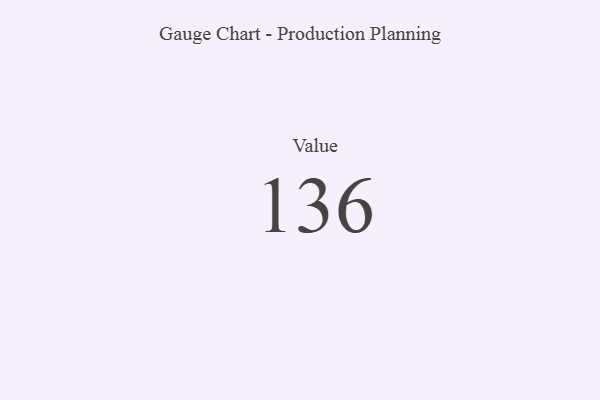
{"axis": {"x": "Metric", "y": "Value"}, "legend": [""], "data": [{"x": "Value", "y": 136, "type": ""}]}